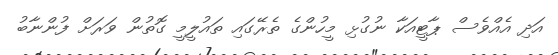
އަދި އެއްވެސް ޕާޓީއަކާ ނުގުޅި މީހުންގެ ތެރޭގައި ތައުލީމީ ގޮތުން ވަރަށް ފުންނާބު